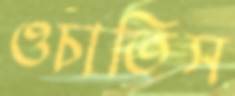
ওচাতিস